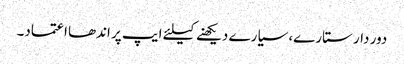
دور دار ستارے، سیارے دیکھنے کیلئے ایپ پر اندھا اعتماد۔